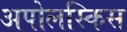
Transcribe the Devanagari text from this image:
अपोलस्किस